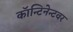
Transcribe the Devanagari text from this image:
कॉन्टिनेन्टवर